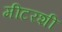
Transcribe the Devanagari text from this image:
मीटरशी